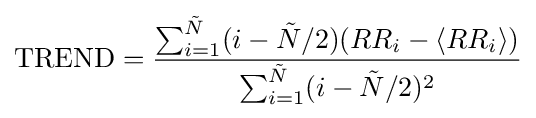
{\text{TREND}}={\frac {\sum _{i=1}^{\tilde {N}}(i-{\tilde {N}}/2)(RR_{i}-\langle RR_{i}\rangle )}{\sum _{i=1}^{\tilde {N}}(i-{\tilde {N}}/2)^{2}}}